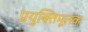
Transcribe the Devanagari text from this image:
प्रयुक्तिमूलक